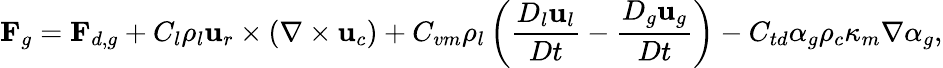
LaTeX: \mathbf{F}_{g}=\mathbf{F}_{d,g}+C_{l}\rho_{l}\mathbf{u}_{r}\times\left(\nabla\times\mathbf{u}_{c}\right)+C_{vm}\rho_{l}\left(\frac{D_{l}\mathbf{u}_{l}}{Dt}-\frac{D_{g}\mathbf{u}_{g}}{Dt}\right)-C_{td}\alpha_{g}\rho_{c}\kappa_{m}\nabla\alpha_{g},